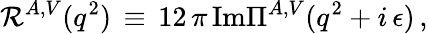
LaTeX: \mathcal{R}^{A,V}(q^{2})\, \equiv\, 12\, \pi\, \mathrm{{Im}}\Pi^{A,V}(q^{2}+i\, \epsilon)\, ,